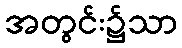
အတွင်း၌သာ